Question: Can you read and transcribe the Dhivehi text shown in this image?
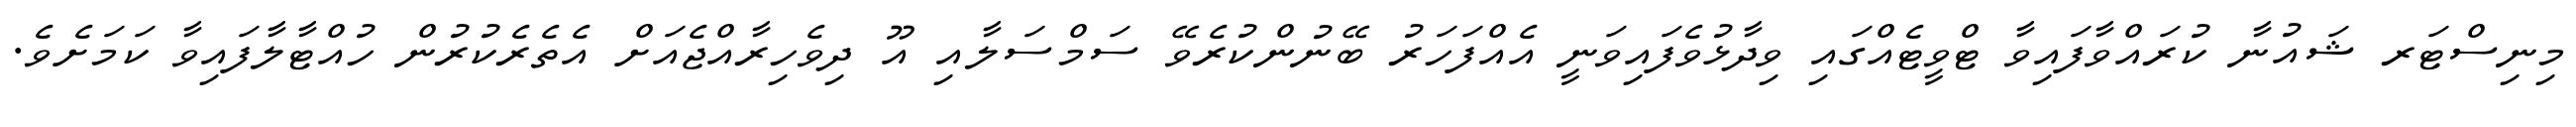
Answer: މިނިސްޓަރ ޝައުނާ ކުރައްވާފައިވާ ޓްވީޓެއްގައި ވިދާޅުވެފައިވަނީ އެއްފަހަރު ބޭނުންކުރެވޭ ސަމްސަލާއި އޫ ދިވެހިރާއްޖެއަށް އެތެރެކުރުން ހުއްޓާލާފައިވާ ކަމަށެވެ.